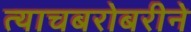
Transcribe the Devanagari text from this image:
त्याचबरोबरीने